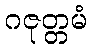
ဂဇုတ္တမံ